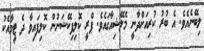
ލިބޭނެއެވެ. އެ ބުރު ކުރިއަށްދާނީ މެލޭޝިއާގައެވެ. ޕްރީ ކޮލިފިކޭޝަނުން ކޮލިފައިވާ ދެ ޓީމާއެކު